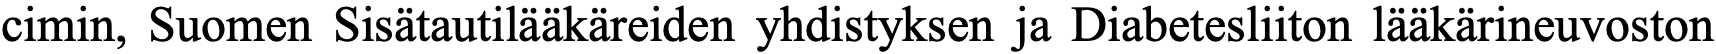
cimin, Suomen Sisätautilääkäreiden yhdistyksen ja Diabetesliiton lääkärineuvoston